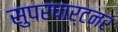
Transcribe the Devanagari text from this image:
सुपरपार्टनर